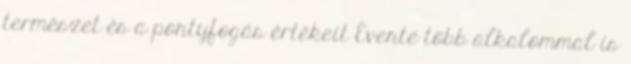
természet és a pontyfogás értékeit Évente több alkalommal is